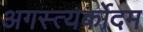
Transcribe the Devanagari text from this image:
अगस्त्यर्कोदम